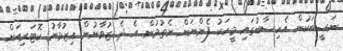
ނަސީބަކުން އެހިސާބުގައި މީހަކު ފެންނަން ނެތުމުން އެ ދެ ޒުވާނުން އިޒުވާނު ކޮޓަރިއަށް